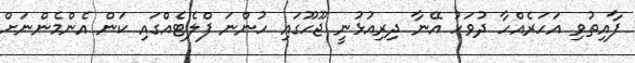
ފާއިތުވި އަަހަރެއްހާ ދުވަހު އޭނާ ދިރިއުޅުނީ ޖޫހޫގައި ހުންނަ ފްލެޓެއްގައި ކަން އެންމެންނަށް